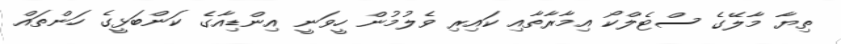
ތިޔާ މާލޭގެ ސްޓެލްކޯ އިމާރާތާއި ކައިރި ވެލުމުން ހީވަނީ އިންޑިއާގެ ކަންބަޅީގެ ހަންތައް